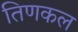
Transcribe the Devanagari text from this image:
तिणकल